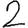
Digit: 2